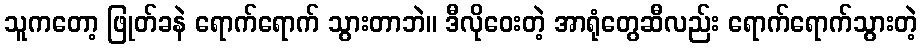
သူကတော့ ဖြုတ်ခနဲ ရောက်ရောက် သွားတာဘဲ။ ဒီလိုဝေးတဲ့ အာရုံတွေဆီလည်း ရောက်ရောက်သွားတဲ့